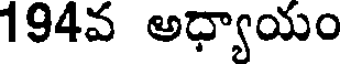
194వ అధ్యాయం